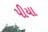
પીયા